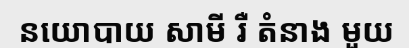
នយោបាយ សាមី រឺ តំនាង មួយ